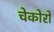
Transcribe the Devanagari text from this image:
चेकोरों